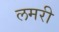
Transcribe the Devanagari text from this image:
लमरी